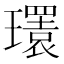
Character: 𤪹